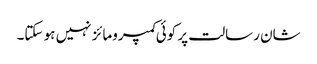
شان رسالت پر کوئی کمپرومائز نہیں ہو سکتا۔